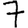
Digit: 7